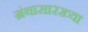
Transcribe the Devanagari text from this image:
ग्रंथासारख्या